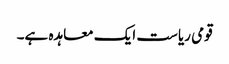
قومی ریاست ایک معاہدہ ہے۔